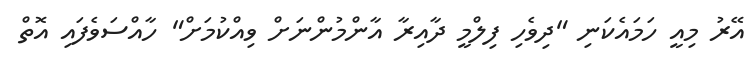
އޭރު މިއީ ހަމައެކަނި "ދިވެހި ފިލްމީ ދާއިރާ އާންމުންނަށް ވިއްކުމަށް" ހާއްސަވެފައި އޮތް